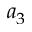
a _ { 3 }